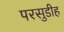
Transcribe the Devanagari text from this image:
परसुडीह